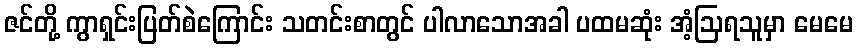
ဇင်တို့ ကွာရှင်းပြတ်စဲကြောင်း သတင်းစာတွင် ပါလာသောအခါ ပထမဆုံး အံ့ဩရသူမှာ မေမေ